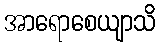
အာရောစေယျာသိ